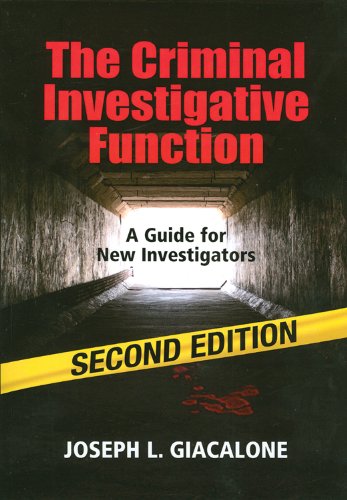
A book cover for The Criminal Investigative Function - 2nd Edition; Joseph L. Giacalone; Law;